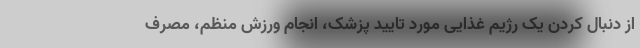
از دنبال کردن یک رژیم غذایی مورد تایید پزشک، انجام ورزش منظم، مصرف